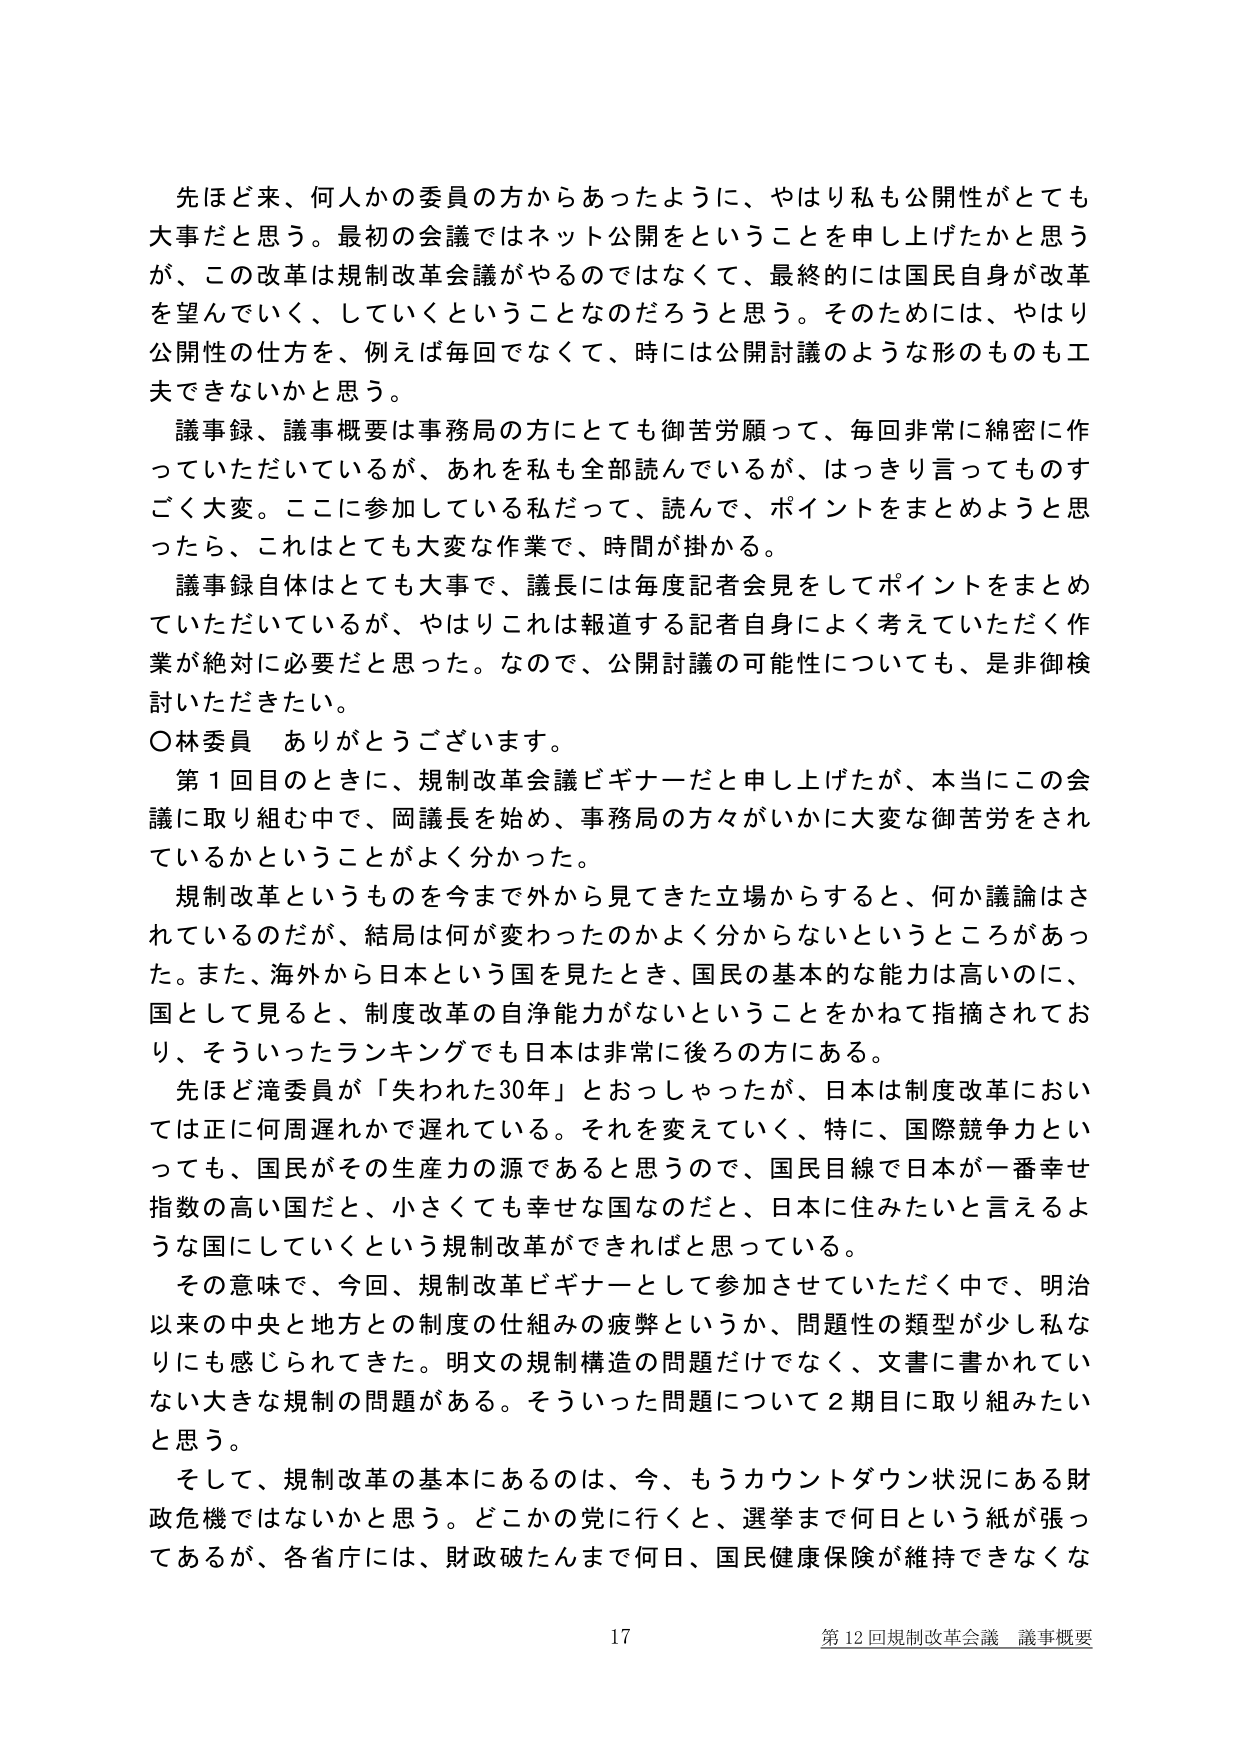
先ほど来、何人かの委員の方からあったように、やはり私も公開性がとても大事だと思う。最初の会議ではネット公開をということを申し上げたかと思うが、この改革は規制改革会議がやるのではなくて、最終的には国民自身が改革を望んでいく、していくということなのだろうと思う。そのためには、やはり公開性の仕方を、例えば毎回でなくて、時には公開討議のような形のものも工夫できないかと思う。

議事録、議事概要は事務局の方にとっても御苦労願って、毎回非常に綿密に作っていただいているが、あれを私も全部読んでいるが、はっきり言ってものすごく大変。ここに参加している私だって、読んで、ポイントをまとめようと思ったら、これはとても大変な作業で、時間が掛かる。

議事録自体はとても大事で、議長には毎度記者会見をしてポイントをまとめていただいているが、やはりこれは報道する記者自身によく考えていただく作業が絶対に必要だと思った。なので、公開討議の可能性についても、是非御検討いただきたい。

○林委員　ありがとうございます。

第1回目のときに、規制改革会議ビギナーだと申し上げたが、本当にこの会議に取り組む中で、岡議長を始め、事務局の方々がいかに大変な御苦労をされているかということがよく分かった。

規制改革というものを今まで外から見てきた立場からすると、何か議論はされているのだが、結局は何が変わったのかよく分からないというところがあった。また、海外から日本という国を見たとき、国民の基本的な能力は高いのに、国として見ると、制度改革の自浄能力がないということをかねて指摘されており、そういったランキングでも日本は非常に後ろの方にある。

先ほど滝委員が「失われた30年」とおっしゃったが、日本は制度改革においては正に何周遅れかで遅れている。それを変えていく、特に、国際競争力といっても、国民がその生産力の源であると思うので、国民目線で日本が一番幸せ指数の高い国だと、小さくても幸せな国なのだと、日本に住みたいと言えるような国にしていくという規制改革ができればと思っている。

その意味で、今回、規制改革ビギナーとして参加させていただく中で、明治以来の中央と地方との制度の仕組みの疲弊というか、問題性の類型が少し私なりにも感じられてきた。明文の規制構造の問題だけでなく、文書に書かれていない大きな規制の問題がある。そういった問題について2期目に取り組みたいと思う。

そして、規制改革の基本にあるのは、今、もうカウントダウン状況にある財政危機ではないかと思う。どこかの党に行くと、選挙まで何日という紙が張ってあるが、各省庁には、財政破たんまで何日、国民健康保険が維持できなくな

17 第12回規制改革会議 議事概要